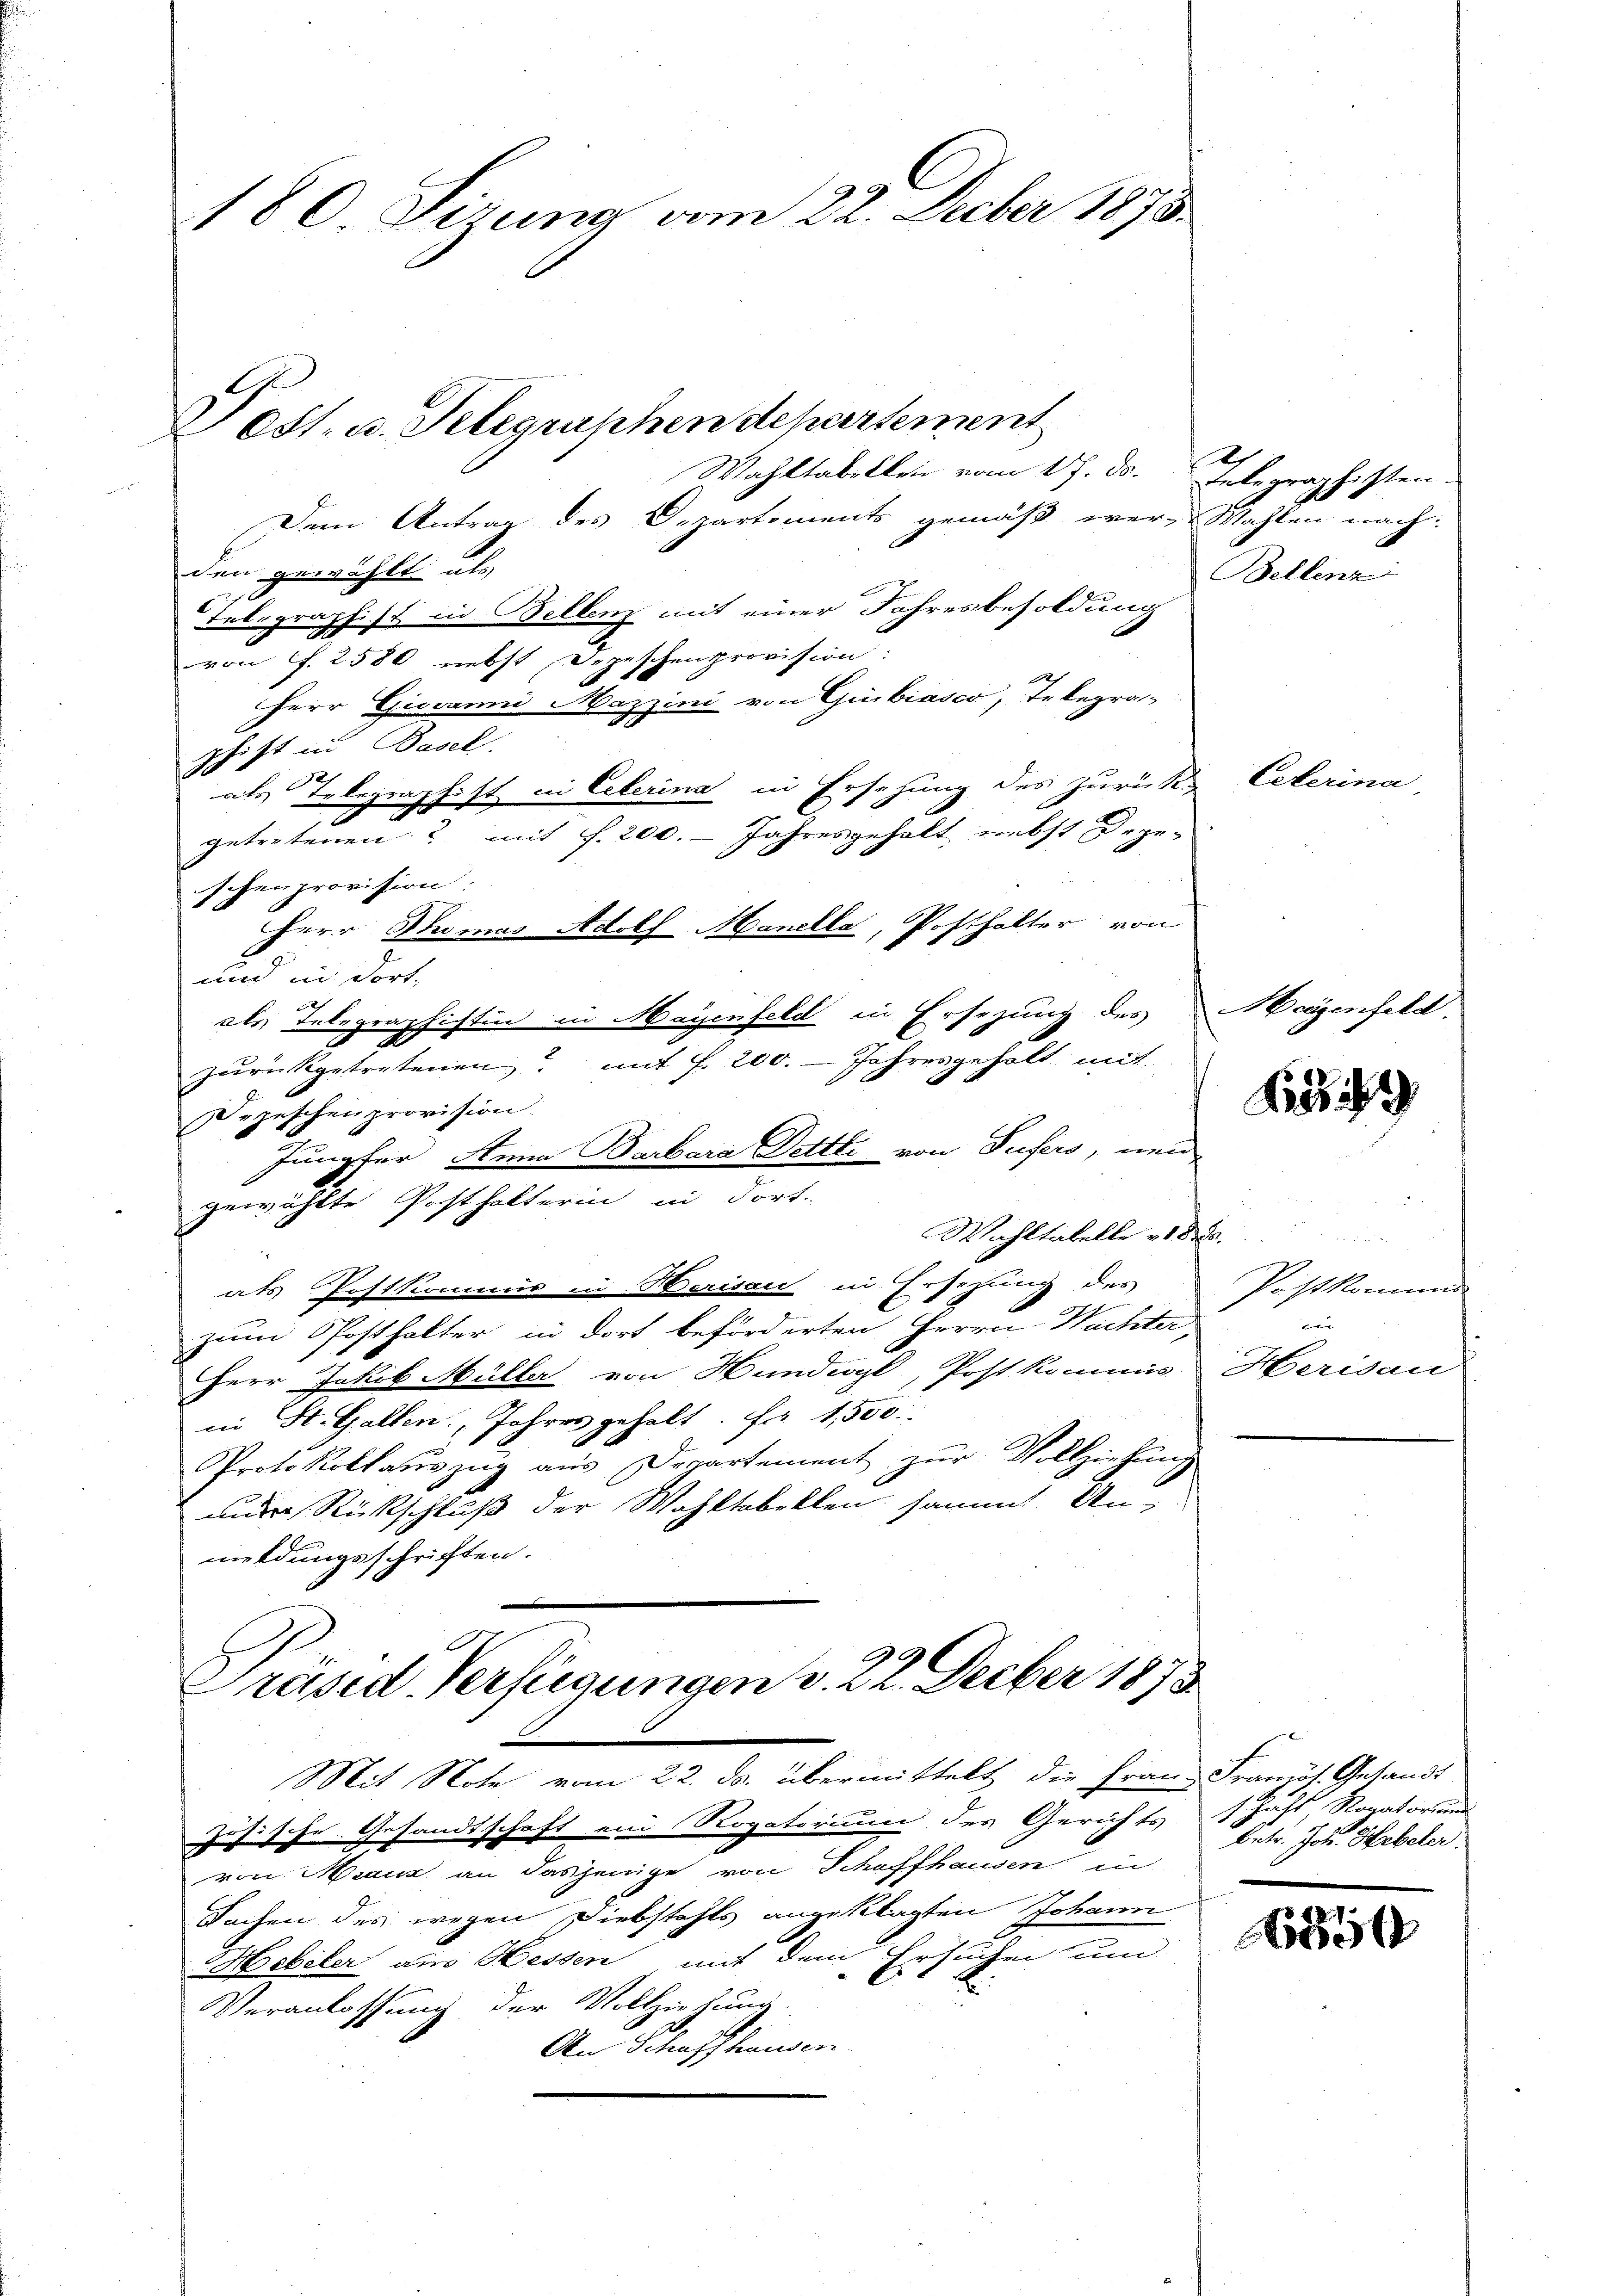
Pest. u. Telegraphen departement
Wahltabellein vom 17. ds. Telegraphisten.
Den Antrag des Departements gemäß wer-Wahlen nach:
den gewählt als
telegraphist in Bellenz mit einer Jahresbesoldung
von f. 2580 nebst Depeschenprovision:
Herr Giovanni Mazzini von Giubiasco, Telegra-
schift in Basel.
tehung des Zurück-
als Telegraphift in Eeterina in
getretenen & mit f. 200. - Jahresgehalt nebst Dege-
schenprovision:
Herr Thomas Adolf Manella, Posthalter von
und in dort,
zurückgetretenen mit f. 200. Jahresgeholt mit
Depeschenprovision.
gewählte Posthalterin in dort.
Wahltabelle v. 1850.
ats Postkommis in Herisau in Ersezung des
zum Posthalter in dort beförderten Herrn Wuchter
Herr Jakob Müller von Hundige, Post kommis Herisau
in St. Gallen, Jahres gehalt. Da 1,500.
Protokollauszug aus Departement zur Vollziehung
unde Rückschluß der Wahltabellen sammt An-
meldungsschriften.
Präsid. Verfügungen v. 22. Decber 1873.
.
Mit Note vom 22. ds. übermittelt die Frau Französ. Gesandt
zösische Gesandtschaft ein Rogatorium der Gerichts schaft, Rogatorium
von Mann an dasjenige von Schaffhausen in
Sachen des wegen Diebstahls angeklagten Johann
Hebeler aus Hessen mit dem Ersuchen um
Veranlassung der Vollziehung
An Schaffhausen

180 Sizung vom 22. Feber 1878.

als Telegraphistin in Mayenfeld in Ersezung des Heigenfeld.
Jungfer Anna Barbara Dettti von Sufers, neu

e
Bellenz

Ceterina,

1859

u
Postkommi

Betr. Joh. Herbeler.

6850